Civil Veterinary Department Bihar & Orissa reports 1922-29 - 1922-1929
Year: 1922
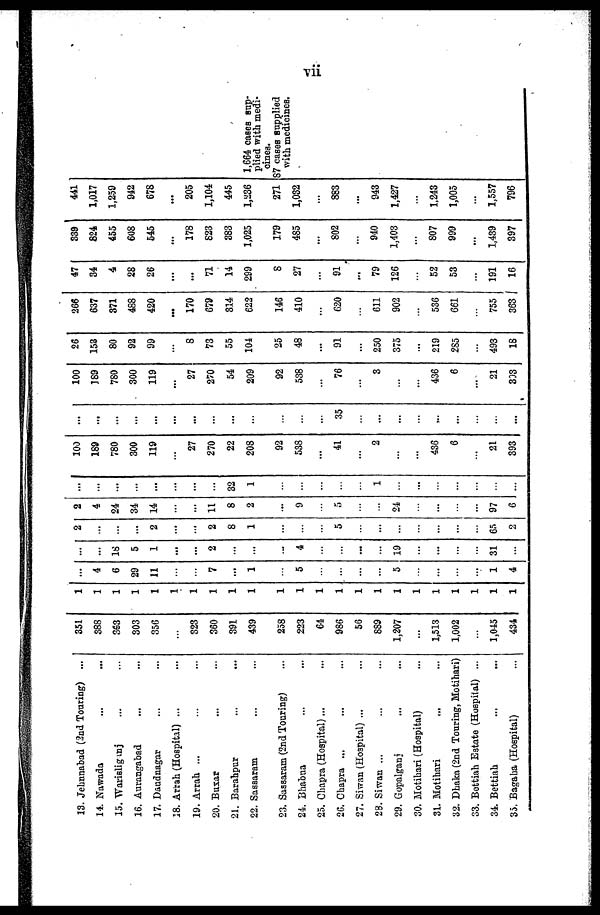
vii
13. Jehnnabad (3nd Touring) ...
14. Nawada
15. Warisliganj
16. Aurangabad
17. Daudnagar
18. Arrah (Hospital) ...
19. Arrah ...
20. Buxar
21. Barahpur
22. Sassaram
23. Sassaram (2nd Touring)
24. Bhabua
25. Chapra (Hospital)...
26. Chapra ...
27. Siwan (Hospital) ...
28. Siwan ...
29. Gopalganj
30. Motihari (Hospital) ...
31. Motihari
32. Dhaka (2nd Touring, Motihari)
33. Bettiah Estate (Hospital) ...
34. Bettiah ... ...
35. Bagaha (Hospital) ...
351
388
363
303
356
...
323
360
391
439
258
223
64
986
56
839
1,207
1,513
1,002
...
1,045
434
1
1
1
1
1
1
1
1
1
1
1
1
1
1
1
1
1
1
1
1
1
1
...
4
6
29
11
...
...
7
...
1
...
5
...
...
...
...
5
...
...
...
...
1
4
...
...
18
5
1
...
...
2
...
...
...
4
...
...
...
...
19
...
...
...
...
31
...
2
...
...
...
2
...
...
2
8
1
...
...
...
5
...
...
...
...
...
...
...
65
2
2
4
24
34
14
...
...
11
8
2
...
9
...
5
...
...
24
...
...
...
...
97
6
...
...
...
...
...
...
...
...
32
1
...
...
...
...
...
1
...
...
...
...
...
...
...
100
189
780
300
119
...
27
270
22
208
92
538
...
41
...
2
...
...
436
6
...
21
393
...
...
...
...
...
...
...
...
...
...
...
...
...
35
...
...
...
...
...
...
...
...
...
100
189
780
300
119
...
27
270
54
209
92
538
...
76
...
3
...
...
436
6
...
21
393
26
153
80
92
99
...
8
73
55
104
25
48
...
91
...
250
375
...
219
285
...
493
18
266
637
371
488
420
...
170
679
314
622
146
410
...
620
611
902
536
661
755
363
47
34
4
28
26
...
...
71
14
299
8
27
91
...
79
126
52
53
191
16
339
824
455
608
545
...
178
823
383
1,025
179
485
...
802
940
1,403
807
999
...
1,439
397
441
1,017
1,259
942
678
...
205
1,104
445
1,236
271
1,032
...
883
...
943
1,427
1,243
1,005
1,557
796
1,664 cases sup-
plied with medi-
cines.
87 cases supplied
with medicines.